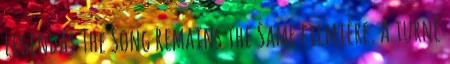
legendás The Song Remains the Same filmjére. A turné